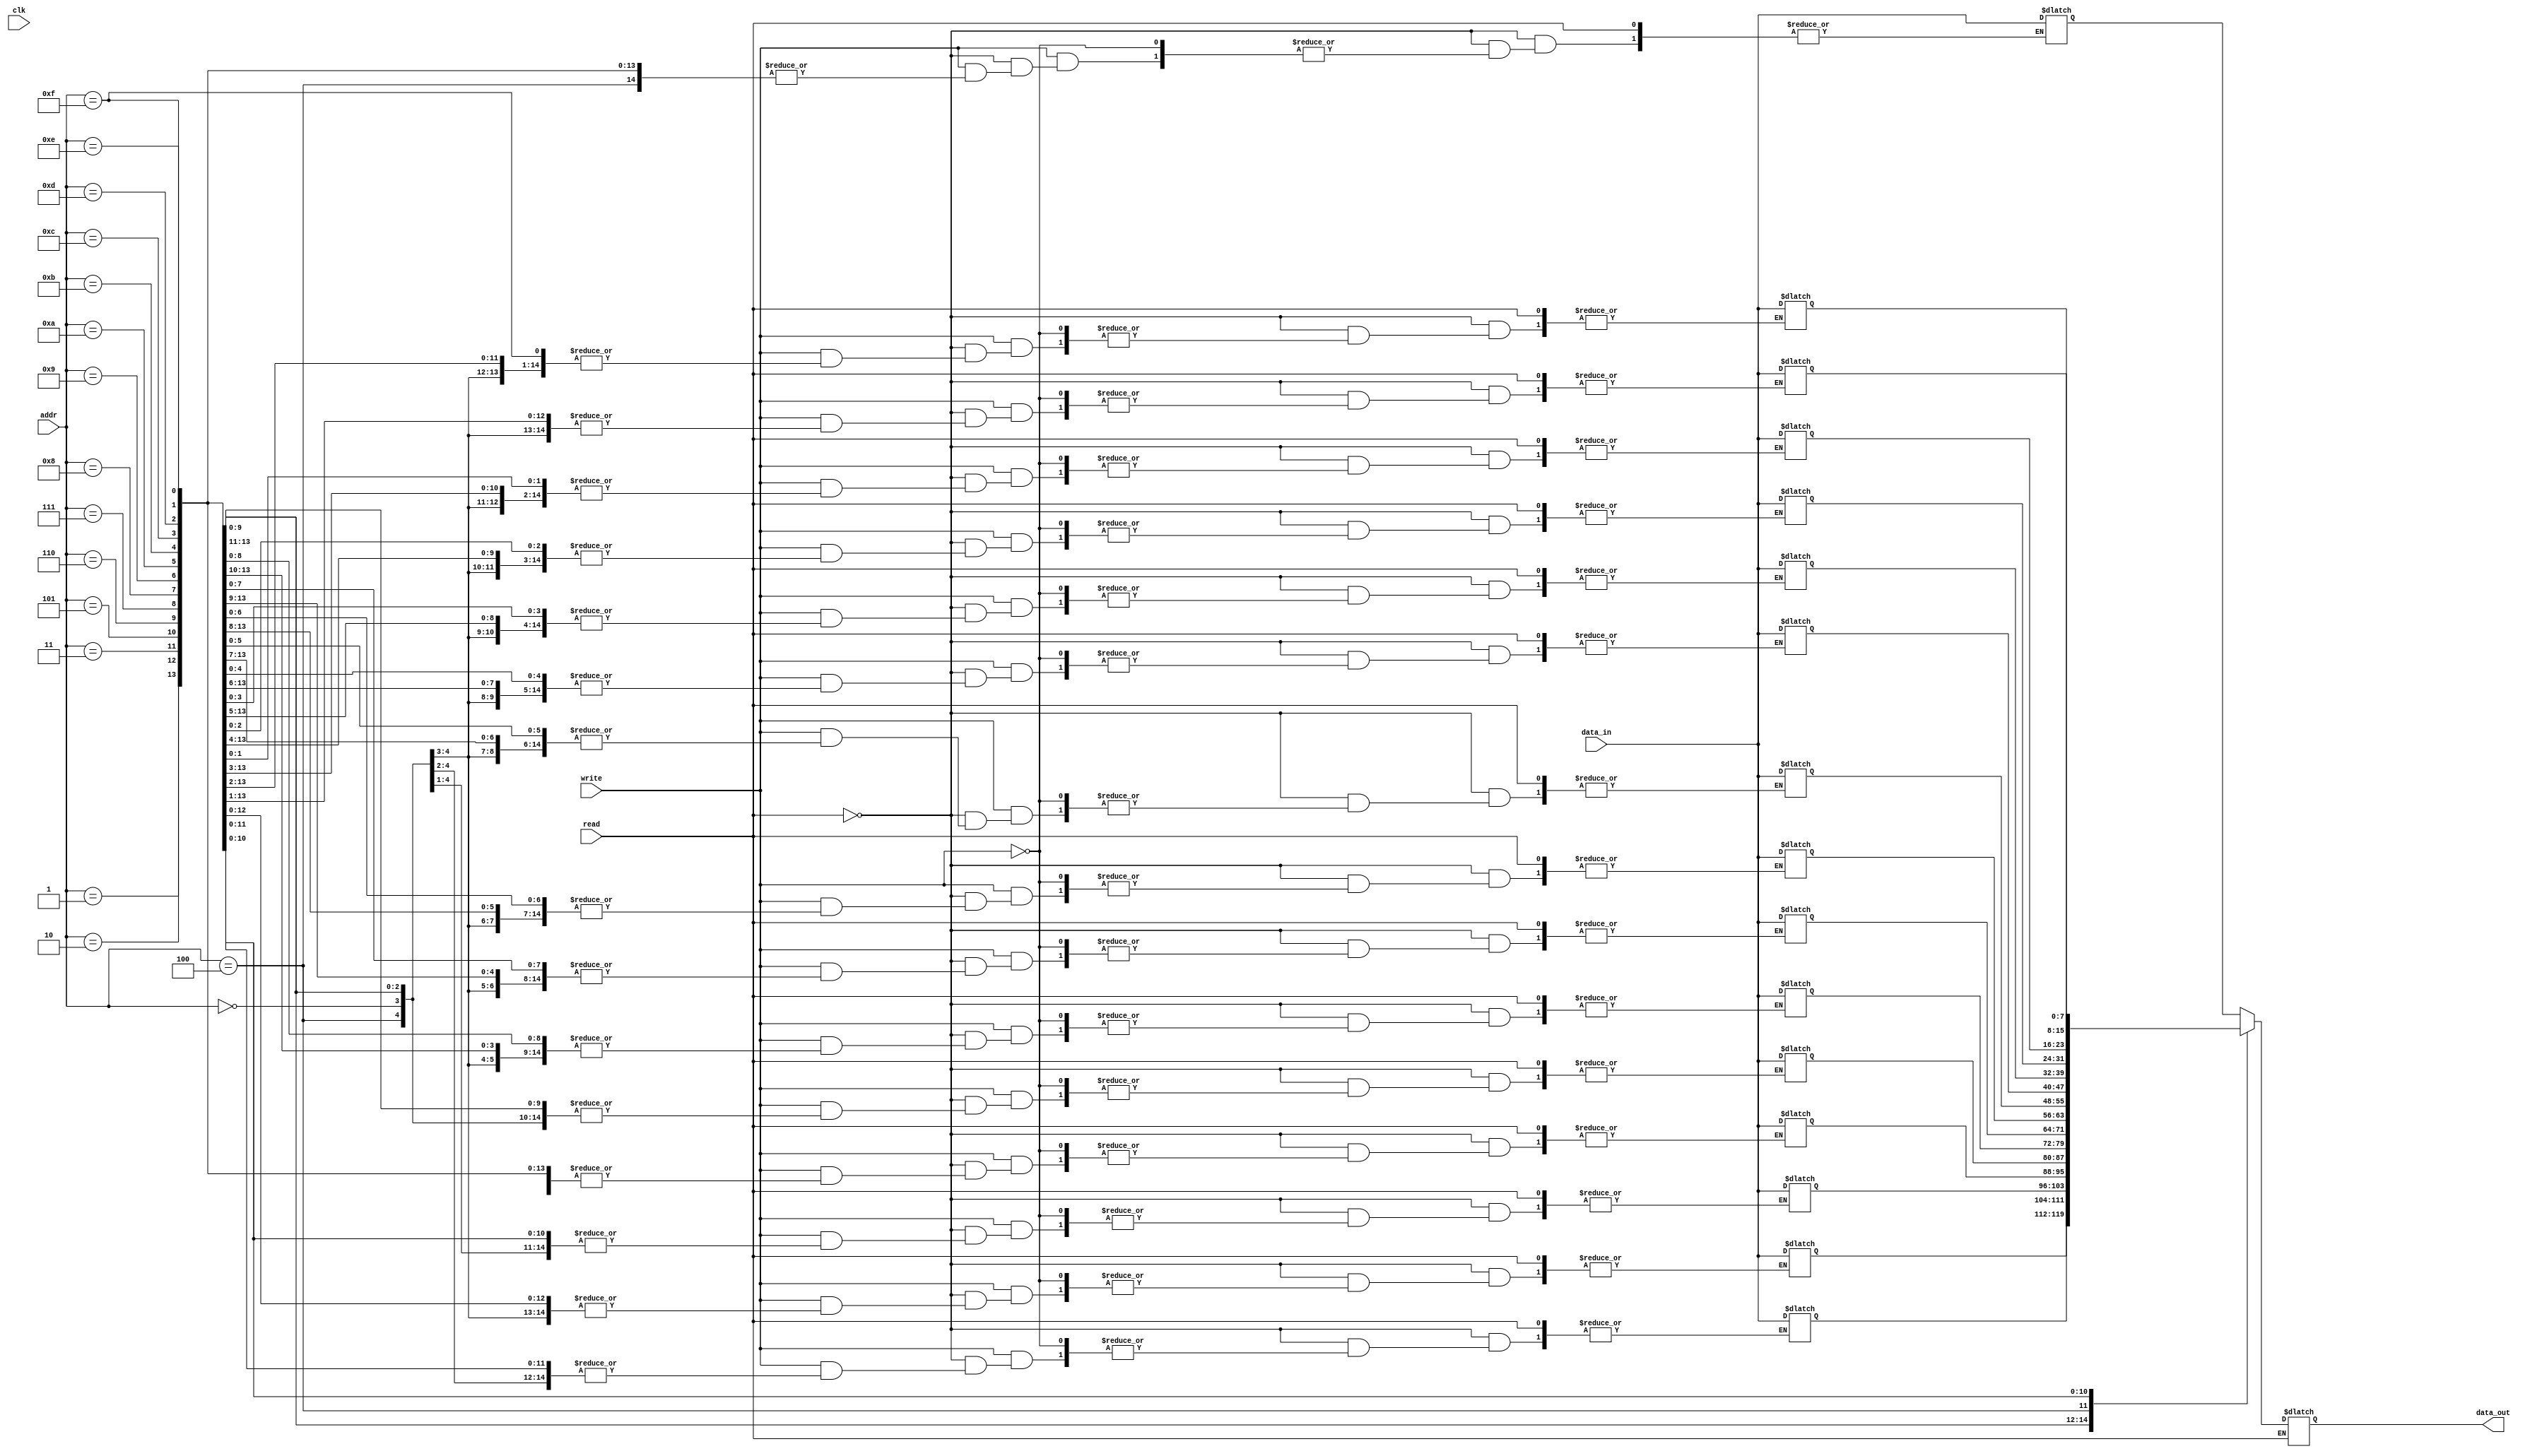
module RAM_8x4bit (
    input wire clk,         
    input wire read,
    input wire write,    
    input wire [3:0] addr,  
    input wire [7:0] data_in
,  output reg [7:0] data_out  
);

// B[3]=>CLA  B[2]=>CMA B[1]=>CIR B[0]=>CIL

// 8x4-bit memory matrix==> arr[16][8]
reg [7:0] ram [0:15];  // 16 memory locations and one location 8 bit
    // Initialize memory array with desired values
    initial begin
    // Initialize memory array with desired values                  
    ram[0]  = 8'h0C;  // AND => 0 000 1100 (12)
    ram[1]  = 8'h1A;  // ADD => 0 001 1010 (10) 
    ram[2]  = 8'h26;  // LDA => 0 010 0110 (6)
    ram[3]  = 8'h78;  //CLA  => 0 111 1000  // register reference   
    ram[4]  = 8'h74;  //CMA  => 0 111 0100
    ram[5]  = 8'h72;  //CIR  => 0 111 0010
    ram[6]  = 8'h71;  //CIR  => 0 111 0001
    ram[7]  = 8'h07;
    ram[8]  = 8'h08;
    ram[9]  = 8'h09;
    ram[10] = 8'h1B; 
    ram[11] = 8'h0B;
    ram[12] = 8'h1C;
    ram[13] = 8'h0D;
    ram[14] = 8'h0E; 
    ram[15] = 8'h0F;
end


   always @(*) begin
    if (read)
        data_out = ram[addr]; // Read data from memory
    else if (write)
        ram[addr] = data_in;  // Write data to memory 
end

endmodule